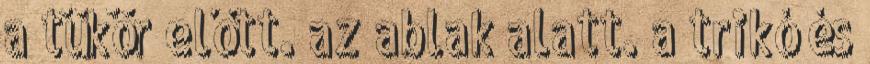
a tükör előtt. az ablak alatt. a trikó és